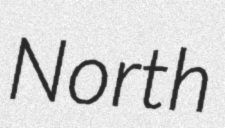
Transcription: North